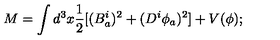
M = \int d ^ { 3 } x \frac { 1 } { 2 } [ ( B _ { a } ^ { i } ) ^ { 2 } + ( D ^ { i } \phi _ { a } ) ^ { 2 } ] + V ( \phi ) ;